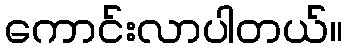
ကောင်းလာပါတယ်။